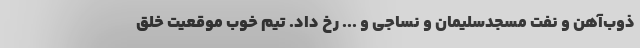
ذوب‌آهن و نفت مسجدسلیمان و نساجی و ... رخ داد. تیم خوب موقعیت خلق